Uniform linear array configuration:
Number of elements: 12
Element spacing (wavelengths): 0.75
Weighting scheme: kaiser
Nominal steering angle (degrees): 45
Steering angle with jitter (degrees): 43.983
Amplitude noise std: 0.05
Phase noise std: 0.05

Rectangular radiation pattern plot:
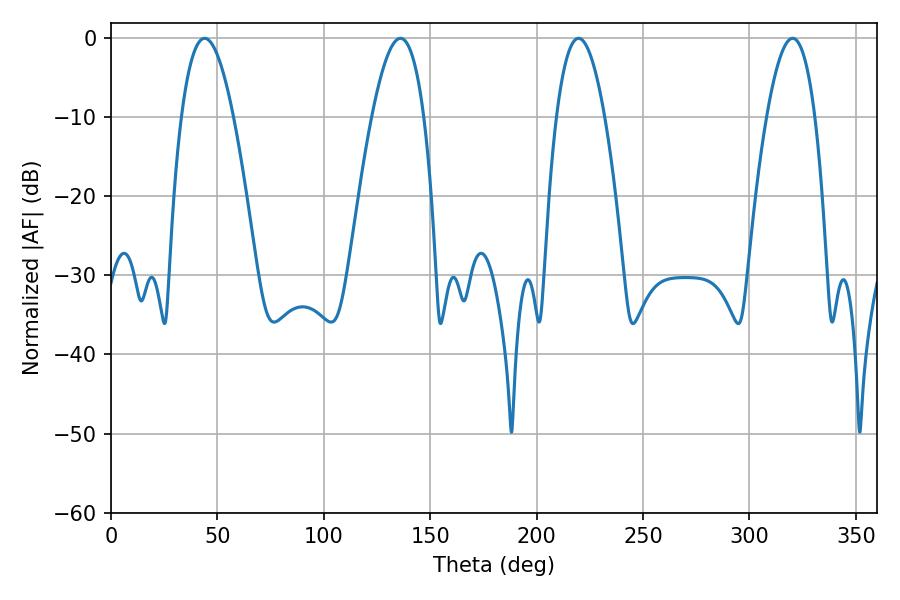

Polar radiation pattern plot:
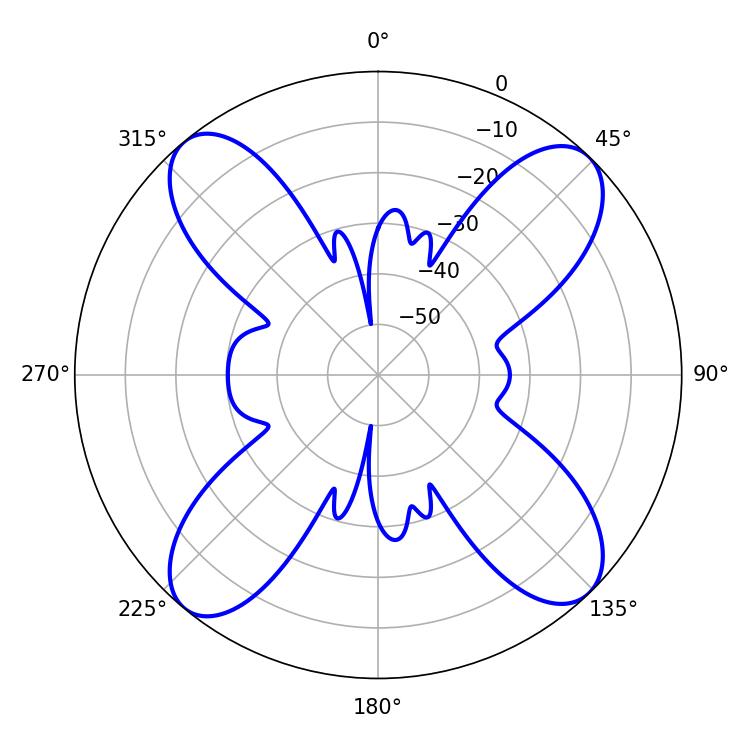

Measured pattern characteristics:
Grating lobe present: TRUE
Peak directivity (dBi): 15.873
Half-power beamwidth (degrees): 13.5
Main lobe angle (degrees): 43.92